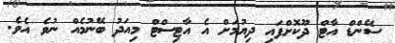
ސޭންޑް އާޓް ދޫކޮށްފައި ދިޔުމަށް އެ އާޓިސްޓް މިއަދު ބޭނުމެއް ނުވެ އެވެ.